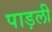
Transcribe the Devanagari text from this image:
पाड़ली